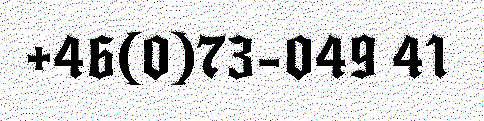
+46(0)73-049 41